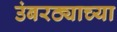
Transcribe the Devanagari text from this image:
उंबरठ्याच्या